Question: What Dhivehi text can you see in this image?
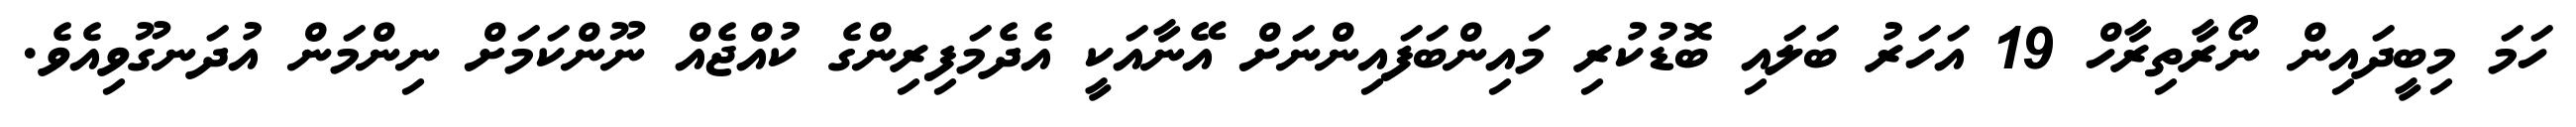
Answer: ހަމަ މިބީދައިން ނޯރާތިރާހް 19 އަހަރު ބަލައި ބޮޑުކުރި މައިންބަފައިންނަށް އޭނާއަކީ އެދެމަފިރިންގެ ކުއްޖެއް ނޫންކަމަށް ނިންމަން އުދަނގޫވިއެވެ.